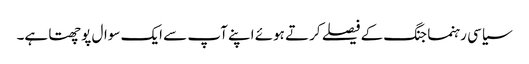
سیاسی رہنما جنگ کے فیصلے کرتے ہوئے اپنے آپ سے ایک سوال پوچھتا ہے۔